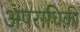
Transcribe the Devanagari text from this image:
अपराधिकी